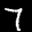
Label: 7